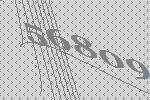
56809